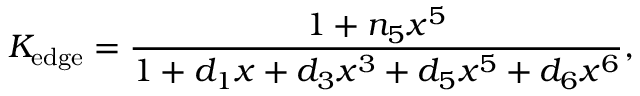
K _ { \mathrm { e d g e } } = { \frac { 1 + n _ { 5 } x ^ { 5 } } { 1 + d _ { 1 } x + d _ { 3 } x ^ { 3 } + d _ { 5 } x ^ { 5 } + d _ { 6 } x ^ { 6 } } } ,